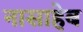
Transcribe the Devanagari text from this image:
नासाहेब